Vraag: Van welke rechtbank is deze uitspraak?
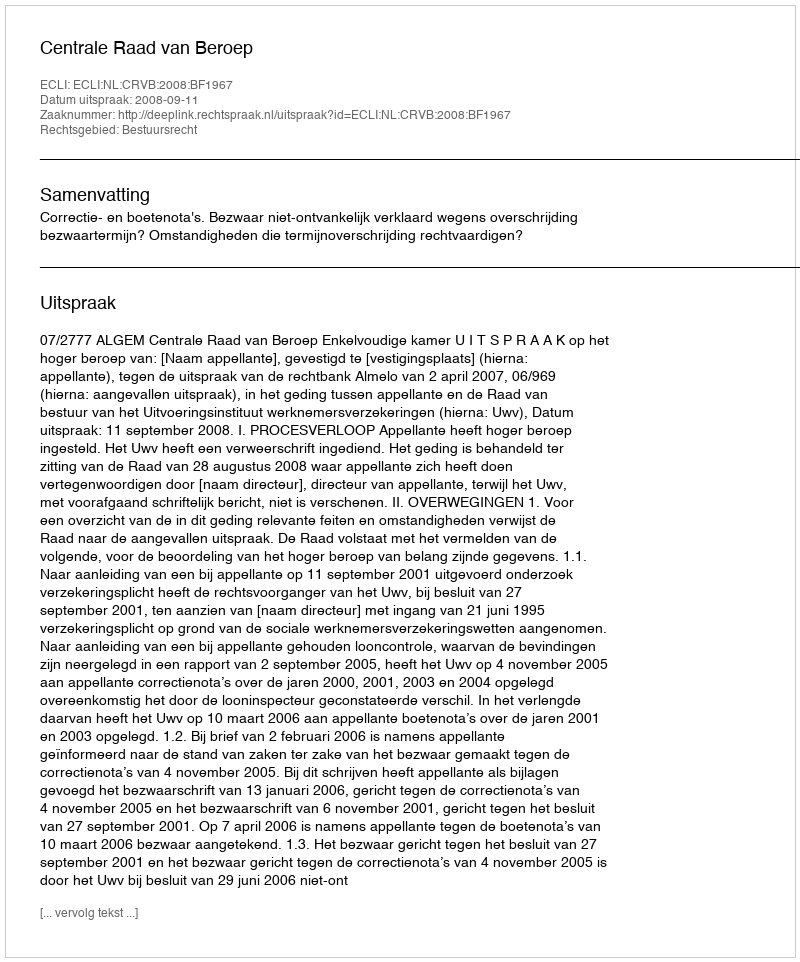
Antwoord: Centrale Raad van Beroep